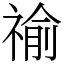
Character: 䄖